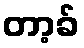
တာ့ခ်